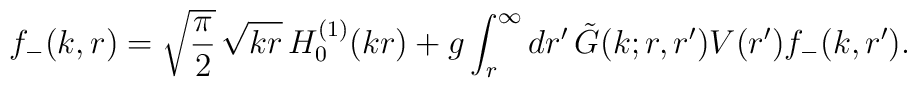
f_{-}(k,r)=\sqrt{{\displaystyle {\pi\over 2}}}\,\sqrt{kr}\,H_0^{(1)}(kr)+g\int_r^{\infty} dr'\,\tilde G(k;r,r')V(r')f_{-}(k,r').